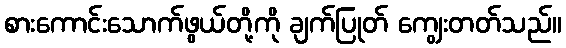
စားကောင်းသောက်ဖွယ်တို့ကို ချက်ပြုတ် ကျွေးတတ်သည်။